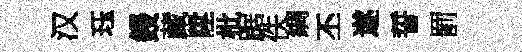
汉珏鋟藏陞枇踞佚綢丕遂誓罰